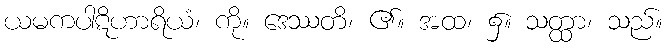
ယမကပါဋိဟာရိယံ၊ ကို။ ဒေဿတိ၊ ၏။ အထ၊ ၌။ သတ္ထာ၊ သည်။